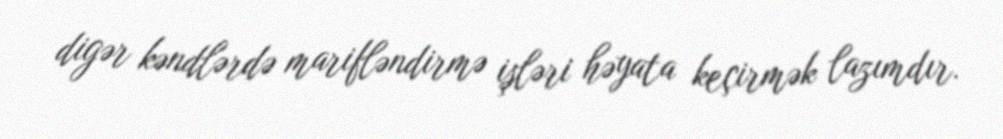
digər kəndlərdə marifləndirmə işləri həyata keçirmək lazımdır.